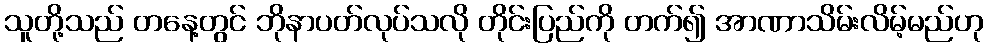
သူတို့သည် တနေ့တွင် ဘိုနာပတ်လုပ်သလို တိုင်းပြည်ကို တက်၍ အာဏာသိမ်းလိမ့်မည်ဟု